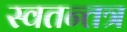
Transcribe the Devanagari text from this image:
स्वतन्तत्र